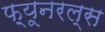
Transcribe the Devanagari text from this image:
फ़्यूनरल्स